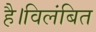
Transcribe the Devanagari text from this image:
है।विलंबित